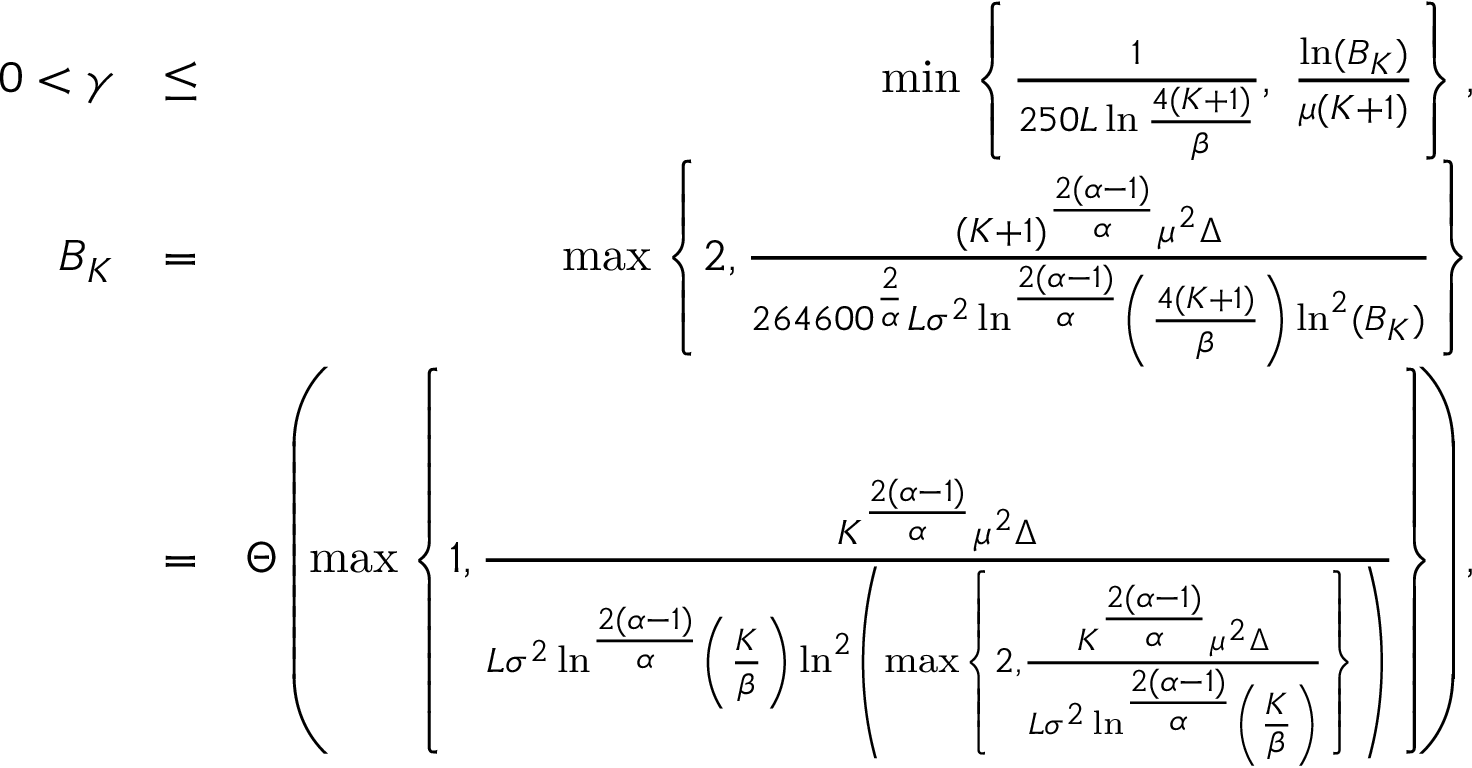
\begin{array} { r l r } { 0 < \gamma } & { \leq } & { \operatorname* { m i n } \left\{ \frac { 1 } { 2 5 0 L \ln \frac { 4 ( K + 1 ) } { \beta } } , \; \frac { \ln ( B _ { K } ) } { \mu ( K + 1 ) } \right\} , } \\ { B _ { K } } & { = } & { \operatorname* { m a x } \left\{ 2 , \frac { ( K + 1 ) ^ { \frac { 2 ( \alpha - 1 ) } { \alpha } } \mu ^ { 2 } \Delta } { 2 6 4 6 0 0 ^ { \frac { 2 } { \alpha } } L \sigma ^ { 2 } \ln ^ { \frac { 2 ( \alpha - 1 ) } { \alpha } } \left( \frac { 4 ( K + 1 ) } { \beta } \right) \ln ^ { 2 } ( B _ { K } ) } \right\} } \\ & { = } & { \Theta \left( \operatorname* { m a x } \left\{ 1 , \frac { K ^ { \frac { 2 ( \alpha - 1 ) } { \alpha } } \mu ^ { 2 } \Delta } { L \sigma ^ { 2 } \ln ^ { \frac { 2 ( \alpha - 1 ) } { \alpha } } \left( \frac { K } { \beta } \right) \ln ^ { 2 } \left( \operatorname* { m a x } \left\{ 2 , \frac { K ^ { \frac { 2 ( \alpha - 1 ) } { \alpha } } \mu ^ { 2 } \Delta } { L \sigma ^ { 2 } \ln ^ { \frac { 2 ( \alpha - 1 ) } { \alpha } } \left( \frac { K } { \beta } \right) } \right\} \right) } \right\} \right) , } \end{array}